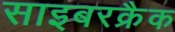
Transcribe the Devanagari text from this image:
साइबरक्रैक